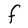
Character: F